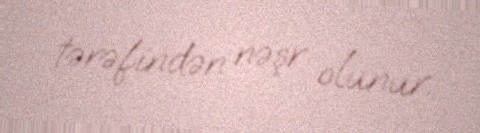
tərəfindən nəşr olunur.